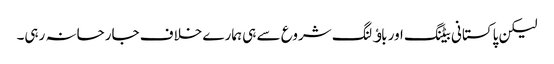
لیکن پاکستانی بیٹنگ اور باﺅلنگ شروع سے ہی ہمارے خلاف جارحانہ رہی۔